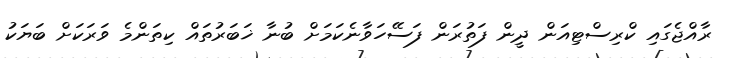
ރާއްޖެގައި ކްރިސްޓިއަން ދީން ފަތުރަން ފަސޭހަވާނެކަމަށް ބުނާ ޚަބަރުތައް ކިތަންމެ ވަރަކަށް ބަޔަކު